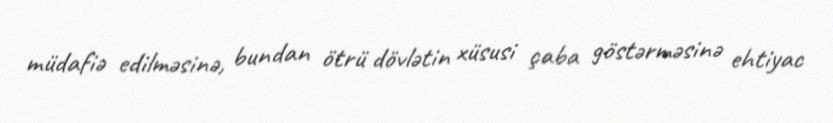
müdafiə edilməsinə, bundan ötrü dövlətin xüsusi çaba göstərməsinə ehtiyac